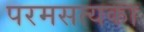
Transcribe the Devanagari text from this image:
परमसत्यका